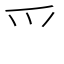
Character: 爫